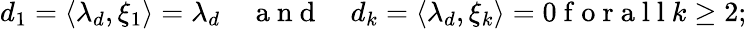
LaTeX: \begin{array}{r}{d_{1}=\langle\lambda_{d},\xi_{1}\rangle=\lambda_{d}\quad\mathrm{~a~n~d~}\quad d_{k}=\langle\lambda_{d},\xi_{k}\rangle=0\mathrm{~f~o~r~a~l~l~}k\geq 2;}\end{array}